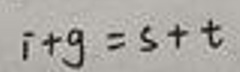
\[
i + g = s + t
\]